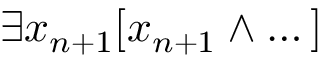
\exists x _ { n + 1 } [ x _ { n + 1 } \land \dots ]